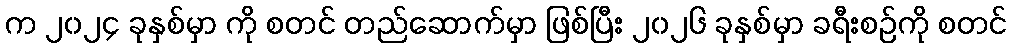
က ၂၀၂၄ ခုနှစ်မှာ ကို စတင် တည်ဆောက်မှာ ဖြစ်ပြီး ၂၀၂၆ ခုနှစ်မှာ ခရီးစဉ်ကို စတင်